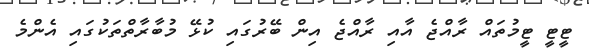
ޓީޓީ ޓީމުތައް ރާއްޖެ އާއި ރާއްޖެ އިން ބޭރުގައި ކުޅޭ މުބާރާތްތަކުގައި އެންމެ